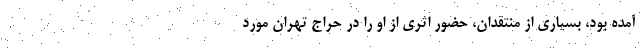
آمده بود، بسیاری از منتقدان، حضور اثری از او را در حراج تهران مورد